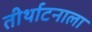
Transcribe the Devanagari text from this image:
तीर्थाटनाला